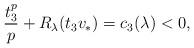
LaTeX: \begin{align*} \frac {t_3^p}p + R_\lambda(t_3v_*) = c_3(\lambda) < 0,\end{align*}